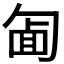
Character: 𠣱